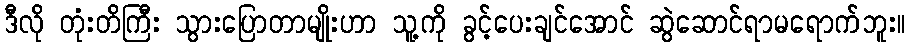
ဒီလို တုံးတိကြီး သွားပြောတာမျိုးဟာ သူ့ကို ခွင့်ပေးချင်အောင် ဆွဲဆောင်ရာမရောက်ဘူး။